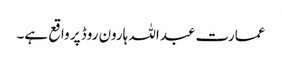
عمارت عبداللہ ہارون روڈ پر واقع ہے۔